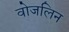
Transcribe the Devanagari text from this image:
वोजलिन